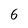
Character: 6